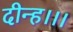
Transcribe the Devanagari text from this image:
दीन्‍ह।।।